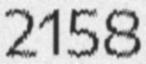
2158